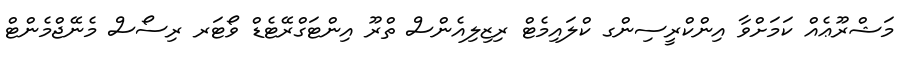
މަޝްރޫޢެއް ކަމަށްވާ އިންކްރީސިންގ ކްލައިމެޓް ރިޒިލިއެންސް ތްރޫ އިންޓަގްރޭޓެޑް ވޯޓަރ ރިސޯސް މެނޭޖްމެންޓް